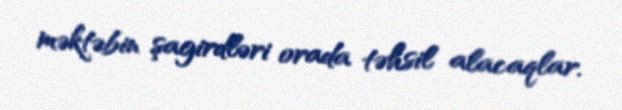
məktəbin şagirdləri orada təhsil alacaqlar.